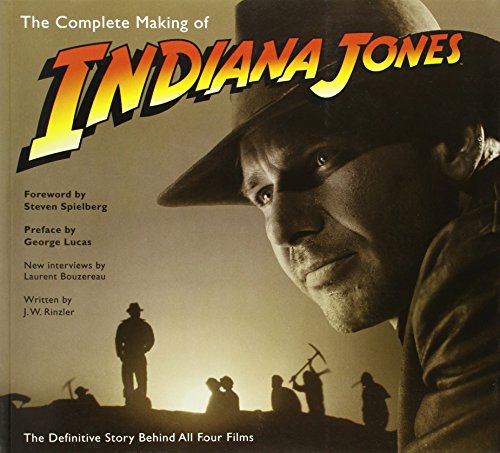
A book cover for The Complete Making of Indiana Jones: The Definitive Story Behind All Four Films; J.W. Rinzler; Humor & Entertainment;